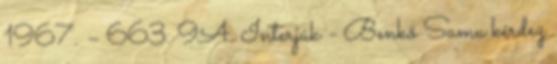
1967. – 663. 9A. Interjúk - Benkő Samu kérdez